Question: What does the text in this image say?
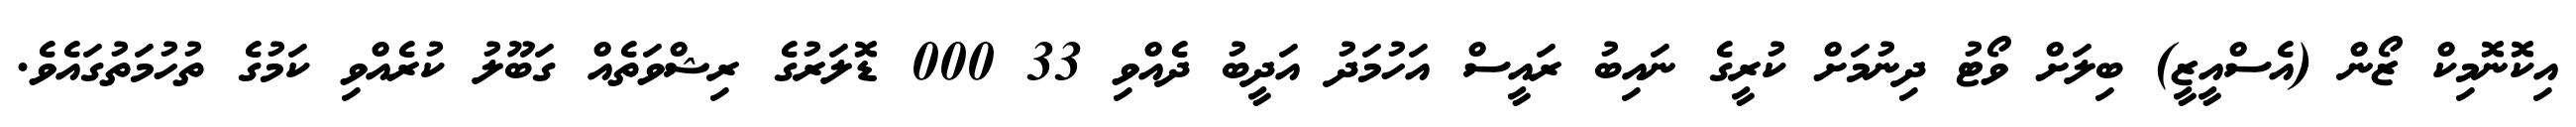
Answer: އިކޮނޮމިކް ޒޯން (އެސްއީޒީ) ބިލަށް ވޯޓު ދިނުމަށް ކުރީގެ ނައިބު ރައީސް އަހުމަދު އަދީބު ދެއްވި 33 000 ޑޮލަރުގެ ރިޝްވަތެއް ގަބޫލު ކުރެއްވި ކަމުގެ ތުހުމަތުގައެވެ.